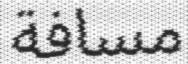
مسافة